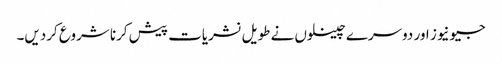
جیونیوز اور دوسرے چینلوں نے طویل نشریات پیش کرنا شروع کردیں۔